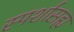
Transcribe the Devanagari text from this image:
स्पर्शासह्य